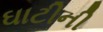
ઘાટીની